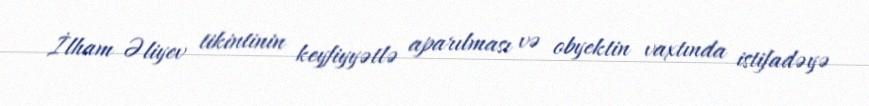
İlham Əliyev tikintinin keyfiyyətlə aparılması və obyektin vaxtında istifadəyə